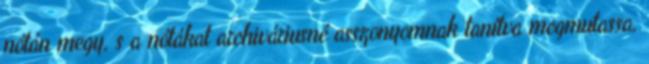
nótán megy, s a nótákat archiváriusné asszonyomnak tanítva megmutassa,